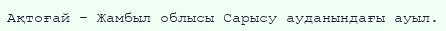
Ақтоғай – Жамбыл облысы Сарысу ауданындағы ауыл.